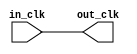
// mcu_subsystem_clock_in.v

// Generated using ACDS version 18.1.2 277

`timescale 1 ps / 1 ps
module mcu_subsystem_clock_in (
		input  wire  in_clk,  //  in_clk.clk
		output wire  out_clk  // out_clk.clk
	);

	assign out_clk = in_clk;

endmodule